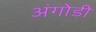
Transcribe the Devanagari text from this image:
अंगोडी